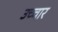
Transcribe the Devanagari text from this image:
उच्‍चार